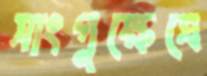
সাংগুক্ষেত্রে